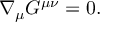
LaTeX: \nabla _ { \mu } G ^ { \mu \nu } = 0 .